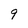
Character: 9